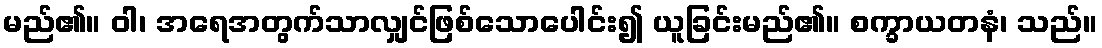
မည်၏။ ဝါ၊ အရေအတွက်သာလျှင်ဖြစ်သောပေါင်း၍ ယူခြင်းမည်၏။ စက္ခာယတနံ၊ သည်။